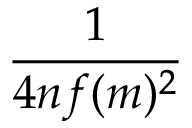
\frac { 1 } { 4 n f ( m ) ^ { 2 } }